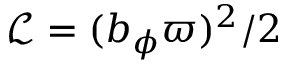
{ \mathcal { L } } = ( b _ { \phi } \varpi ) ^ { 2 } / 2